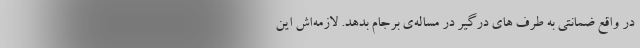
در واقع ضمانتی به طرف‌ های درگیر در مساله‌ی برجام بدهد. لازمه‌اش این